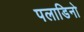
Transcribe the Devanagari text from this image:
पलाडिनो